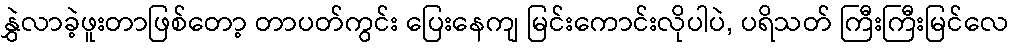
နွှဲလာခဲ့ဖူးတာဖြစ်တော့ တာပတ်ကွင်း ပြေးနေကျ မြင်းကောင်းလိုပါပဲ, ပရိသတ် ကြီးကြီးမြင်လေ